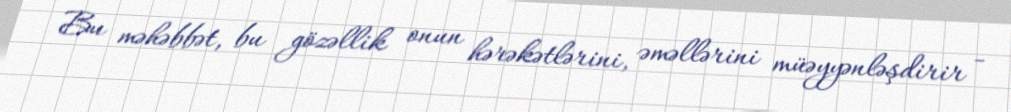
Bu məhəbbət, bu gözəllik onun hərəkətlərini, əməllərini müəyyənləşdirir -